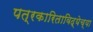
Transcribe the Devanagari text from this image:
पत्रकारिताविद्येच्या